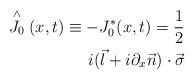
LaTeX: \begin{align*} \stackrel{\wedge}{J_{0}}(x,t) \equiv - J_{0}^{*}(x,t)= \frac{1}{2}\\ i (\vec{l} + i \partial_{x} \vec{n}) \cdot \vec{\sigma}\end{align*}